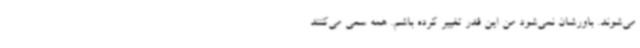
می‌شوند. باورشان نمی‌شود من این قدر تغییر کرده باشم. همه سعی می‌کنند